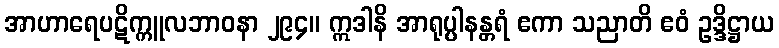
အာဟာရေပဋိက္ကူလဘာဝနာ ၂၉၄။ ဣဒါနိ အာရုပ္ပါနန္တရံ ဧကာ သညာတိ ဧဝံ ဥဒ္ဒိဋ္ဌာယ